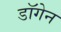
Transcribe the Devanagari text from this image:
डॉगेन